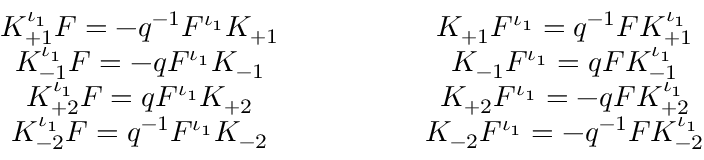
\begin{array} { c } { { K _ { + 1 } ^ { \iota _ { 1 } } F = - q ^ { - 1 } F ^ { \iota _ { 1 } } K _ { + 1 } } } \\ { { K _ { - 1 } ^ { \iota _ { 1 } } F = - q F ^ { \iota _ { 1 } } K _ { - 1 } } } \\ { { K _ { + 2 } ^ { \iota _ { 1 } } F = q F ^ { \iota _ { 1 } } K _ { + 2 } } } \\ { { K _ { - 2 } ^ { \iota _ { 1 } } F = q ^ { - 1 } F ^ { \iota _ { 1 } } K _ { - 2 } } } \end{array} \qquad \qquad \begin{array} { c } { { K _ { + 1 } F ^ { \iota _ { 1 } } = q ^ { - 1 } F K _ { + 1 } ^ { \iota _ { 1 } } } } \\ { { K _ { - 1 } F ^ { \iota _ { 1 } } = q F K _ { - 1 } ^ { \iota _ { 1 } } } } \\ { { K _ { + 2 } F ^ { \iota _ { 1 } } = - q F K _ { + 2 } ^ { \iota _ { 1 } } } } \\ { { K _ { - 2 } F ^ { \iota _ { 1 } } = - q ^ { - 1 } F K _ { - 2 } ^ { \iota _ { 1 } } } } \end{array}